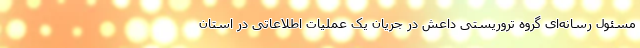
مسئول رسانه‌ای گروه تروریستی داعش در جریان یک عملیات اطلاعاتی در استان